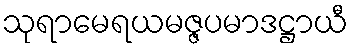
သုရာမေရယမဇ္ဇပမာဒဋ္ဌာယီ